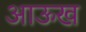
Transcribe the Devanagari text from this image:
आऊख